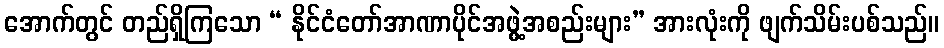
အောက်တွင် တည်ရှိကြသော “ နိုင်ငံတော်အာဏာပိုင်အဖွဲ့အစည်းများ” အားလုံးကို ဖျက်သိမ်းပစ်သည်။